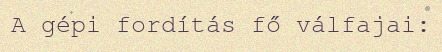
A gépi fordítás fő válfajai: